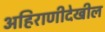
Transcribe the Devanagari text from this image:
अहिराणीदेखील